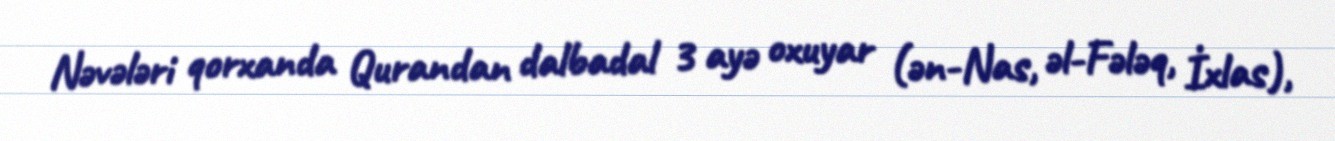
Nəvələri qorxanda Qurandan dalbadal 3 ayə oxuyar (ən-Nas, əl-Fələq, İxlas),